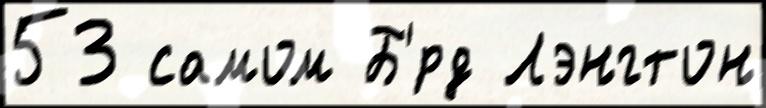
53 самом Б'́рд Лэнгтон